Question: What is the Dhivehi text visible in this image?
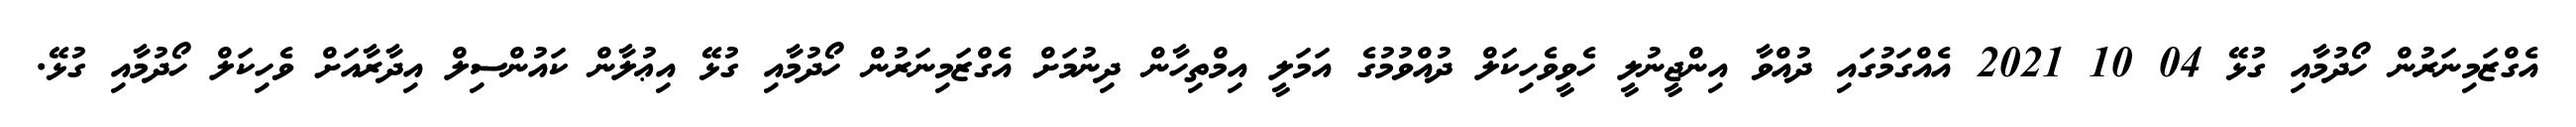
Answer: އެގްޒަމިނަރުން ހޯދުމާއި ގުޅޭ 04 10 2021 އެއްގަމުގައި ދުއްވާ އިންޖީނުލީ ހެވީވެހިކަލް ދުއްވުމުގެ އަމަލީ އިމްތިހާން ދިނުމަށް އެގްޒަމިނަރުން ހޯދުމާއި ގުޅޭ އިޢުލާން ކައުންސިލް އިދާރާއަށް ވެހިކަލް ހޯދުމާއި ގުޅޭ.